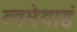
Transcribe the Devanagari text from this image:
त्वमेवाहं